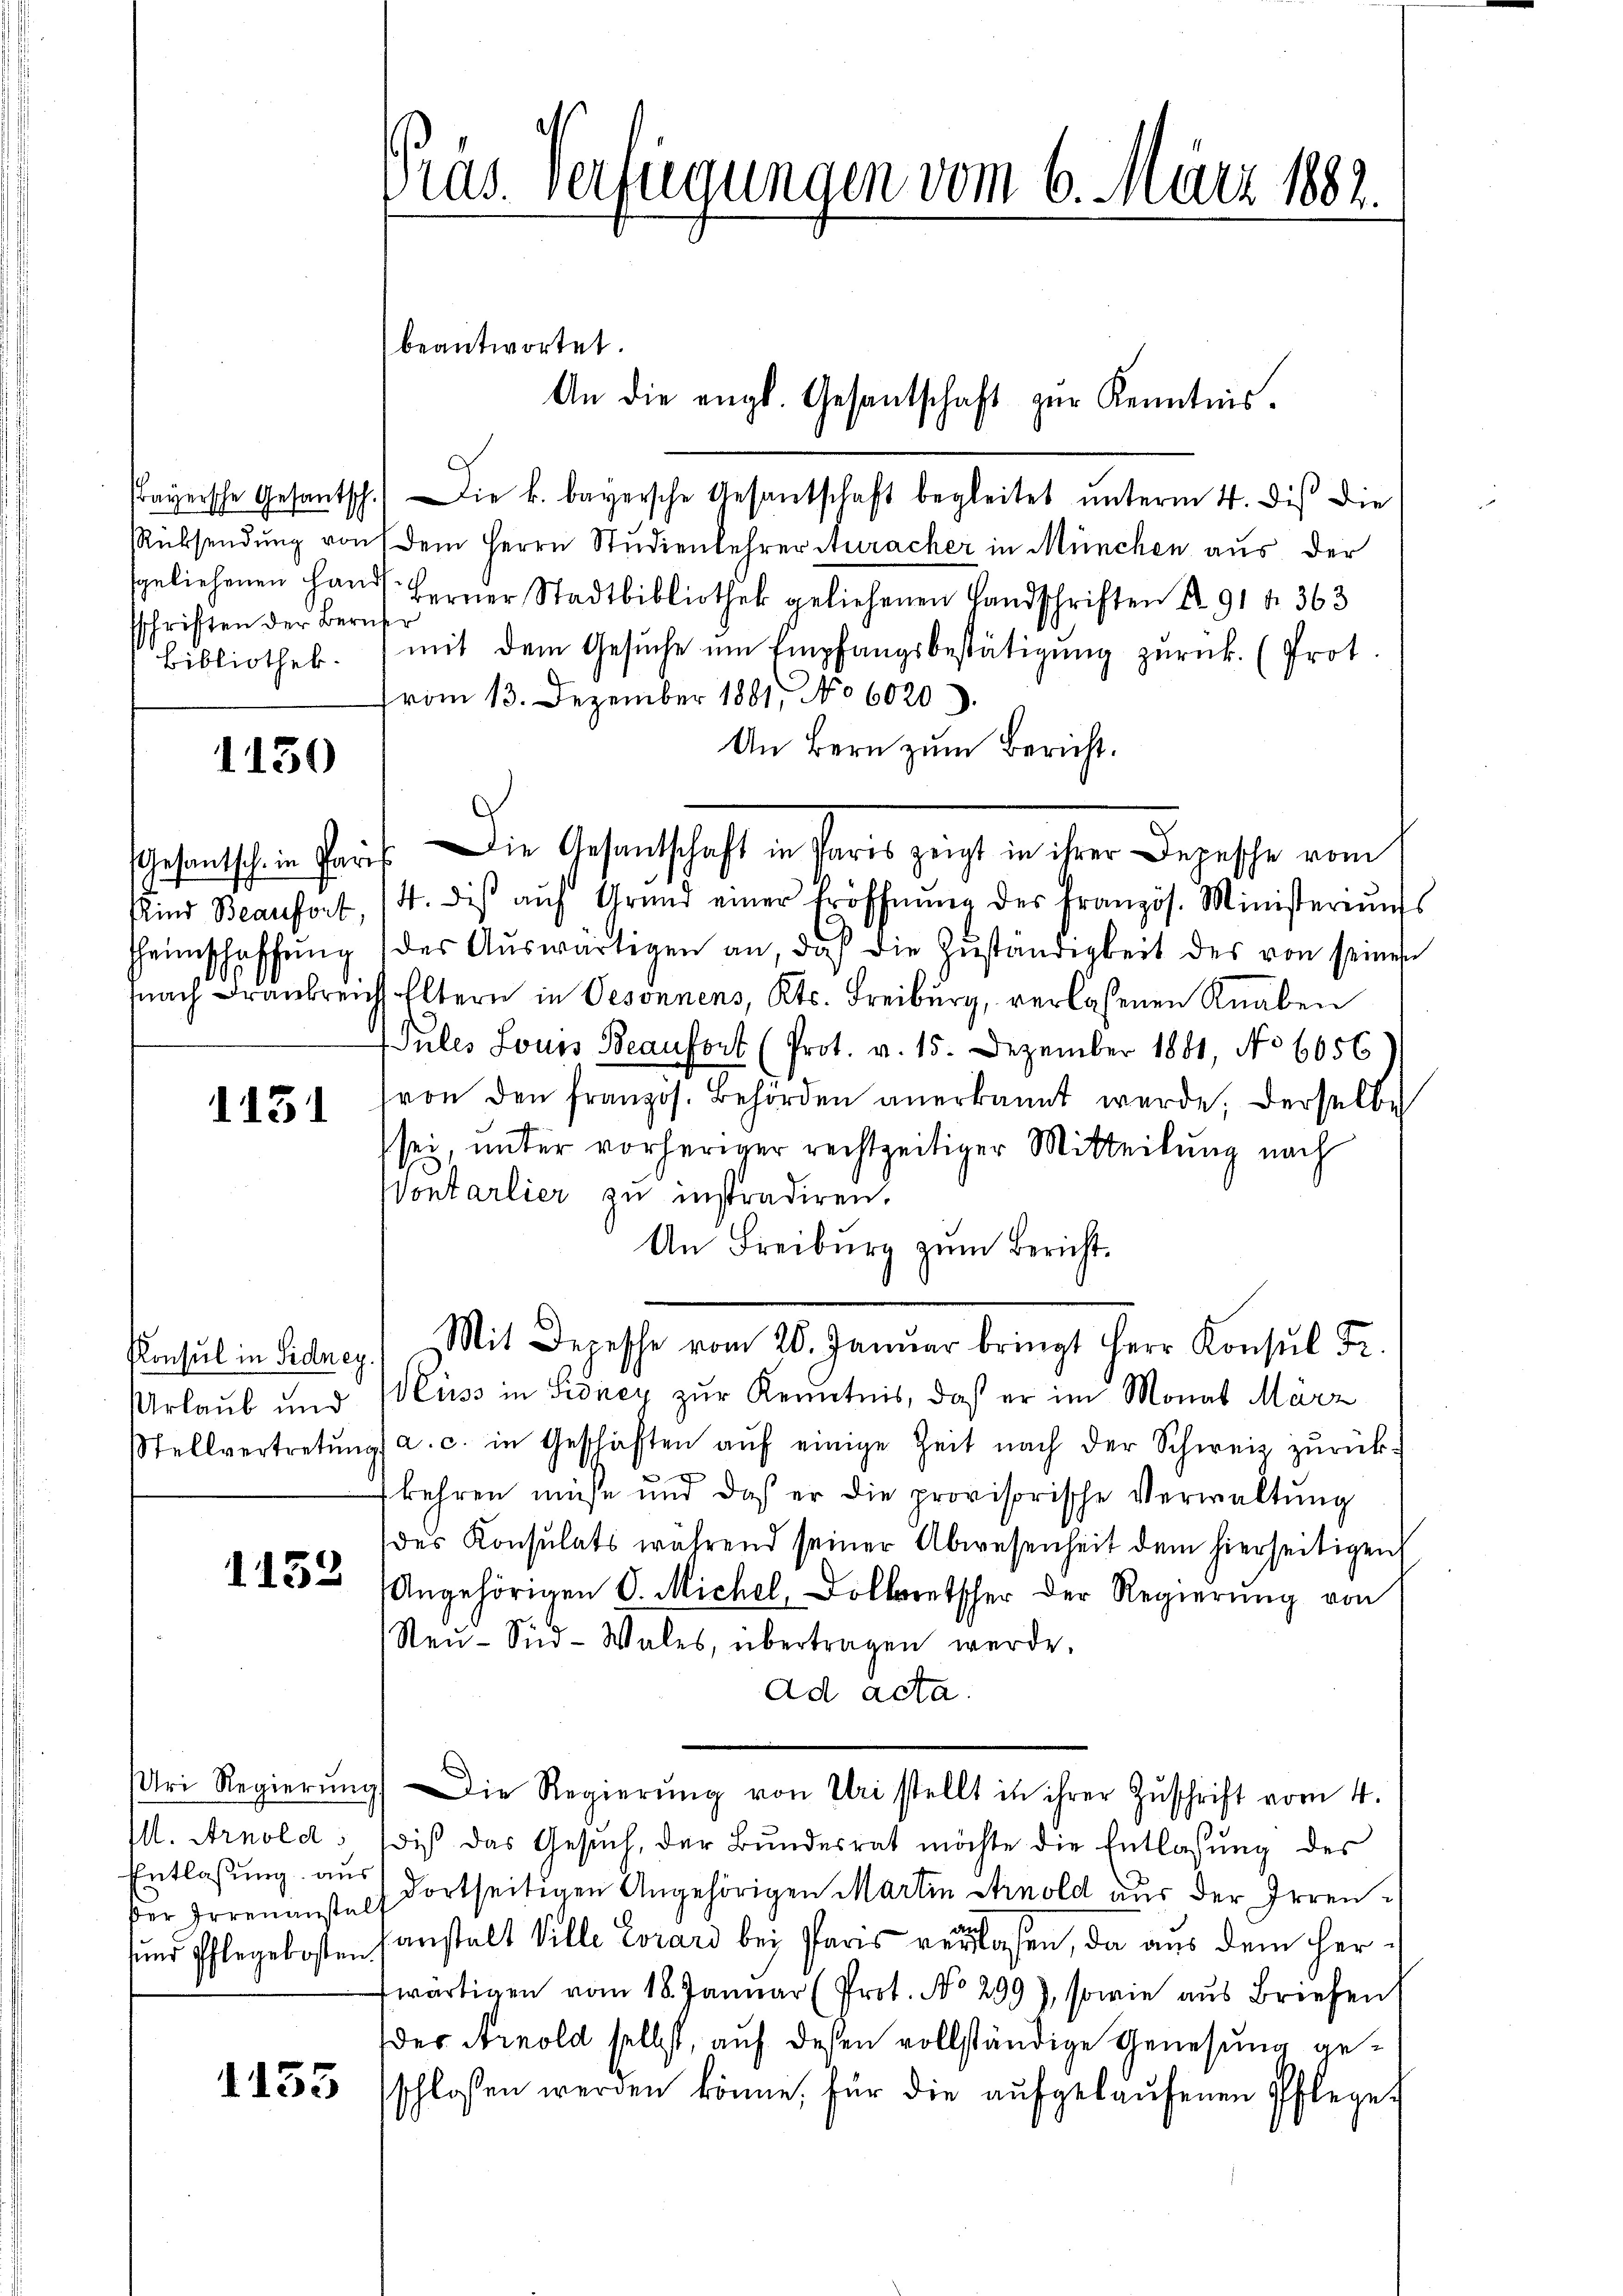
sschriften der Beruf

1130

Kind Beaufort,

1131

Konsul in Sidney.
Urlaub und

1132

der Irrenanstalt

ds. verfügungen vom 6. März 1882.

Payersche Gesantsch.) Die k. bayersche Gesantschaft begleitet unterm 4. dis die
Rücksendung von dem Herrn Studienlehrer Auracher in München aus der
geliehenen Hand ferner Stadtbibliothek geliehenen Handschriften § 91 f. 363
Bibliothek. ) mit dem Gesŭche ŭm Empfangsbestätigŭng zŭrück. (Prot
vom 13. Dezember 1881, No 6020).
An Bern zum Bericht.
4. diβ aŭf Grund einer Eröffnŭng des Französ. Ministeriums
Heimschaffŭng (des Aŭswärtigen an, daß die Zŭständigkeit des von seines
nach Frankreich Eltern in Besonnens, Kts. Freiburg, verlassenen Knaben
Pules Louis Beaufort (Prot. v. 15. Dezember 1881, No 6056
von den französ. Behörden anerkannt werde. Derselbe
sei, unter vorheriger rechtzeitiger Mitteilung nach
Vontarlier zu instradiren.
An Freiburg zum Bericht.
Mit Depesche vom 26. Januar bringt Herr Konsul Fr.
Muss in Sidney zur Kenntnis, daß er im Monat März
Stellvertretŭng a. c. in Geschäften aŭf einige Zeit nach der Schweiz zŭrück-
kehren müsse und daß er die provisorische Verwaltŭng
des Konsulats während seiner Abwesenheit dem hierseitigen
(Angehörigen O. Michel, Dolletscher der Regierŭng von
Neŭ- Süd-Wales, übertragen werde.
ad acta.
ri Regierŭng. Die Regierŭng von Uri stellt in ihrer Zŭschrift vom 4.
M. Arnold, sois das Gesuch, der Bundesrat möchte die Entlassung des
Entlassung aus dortseitigen Angehörigen Martin Arnold aus der Irrensund Pflegekosten sanstalt Ville Corard bei Paris verlaßen, da aus dem Herwärtigen vom 18. Januar (Prot. No 299), sowie aus Briefen
der Arnold selbst, auf deßen vollständige Genesung ge¬
1453 sschlossen werden könne, für die aŭfgelaŭfenen Pflege

beantwortet.

An die engl. Gesantschaft zŭr Kenntnis.

Gesandtsch in Paris die Gesandtschaft in Paris zeigt in ihrer Bezische vom